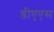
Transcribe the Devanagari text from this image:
डीएएस